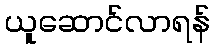
ယူဆောင်လာရန်